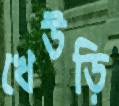
খেউড়ি